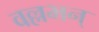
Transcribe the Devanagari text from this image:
वल्लभन्